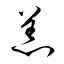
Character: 恙